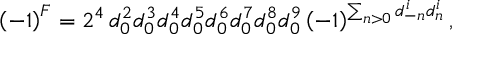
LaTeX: \left( - 1 \right) ^ { F } = 2 ^ { 4 } \, d _ { 0 } ^ { 2 } d _ { 0 } ^ { 3 } d _ { 0 } ^ { 4 } d _ { 0 } ^ { 5 } d _ { 0 } ^ { 6 } d _ { 0 } ^ { 7 } d _ { 0 } ^ { 8 } d _ { 0 } ^ { 9 } \left( - 1 \right) ^ { \sum _ { n > 0 } d _ { - n } ^ { i } d _ { n } ^ { i } } ,